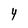
Character: 4